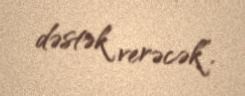
dəstək verəcək”.